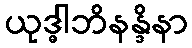
ယုဒ္ဓါဘိနန္ဒိနာ